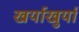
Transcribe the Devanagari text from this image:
खर्याखुर्या